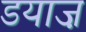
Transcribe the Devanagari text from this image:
डयाज़